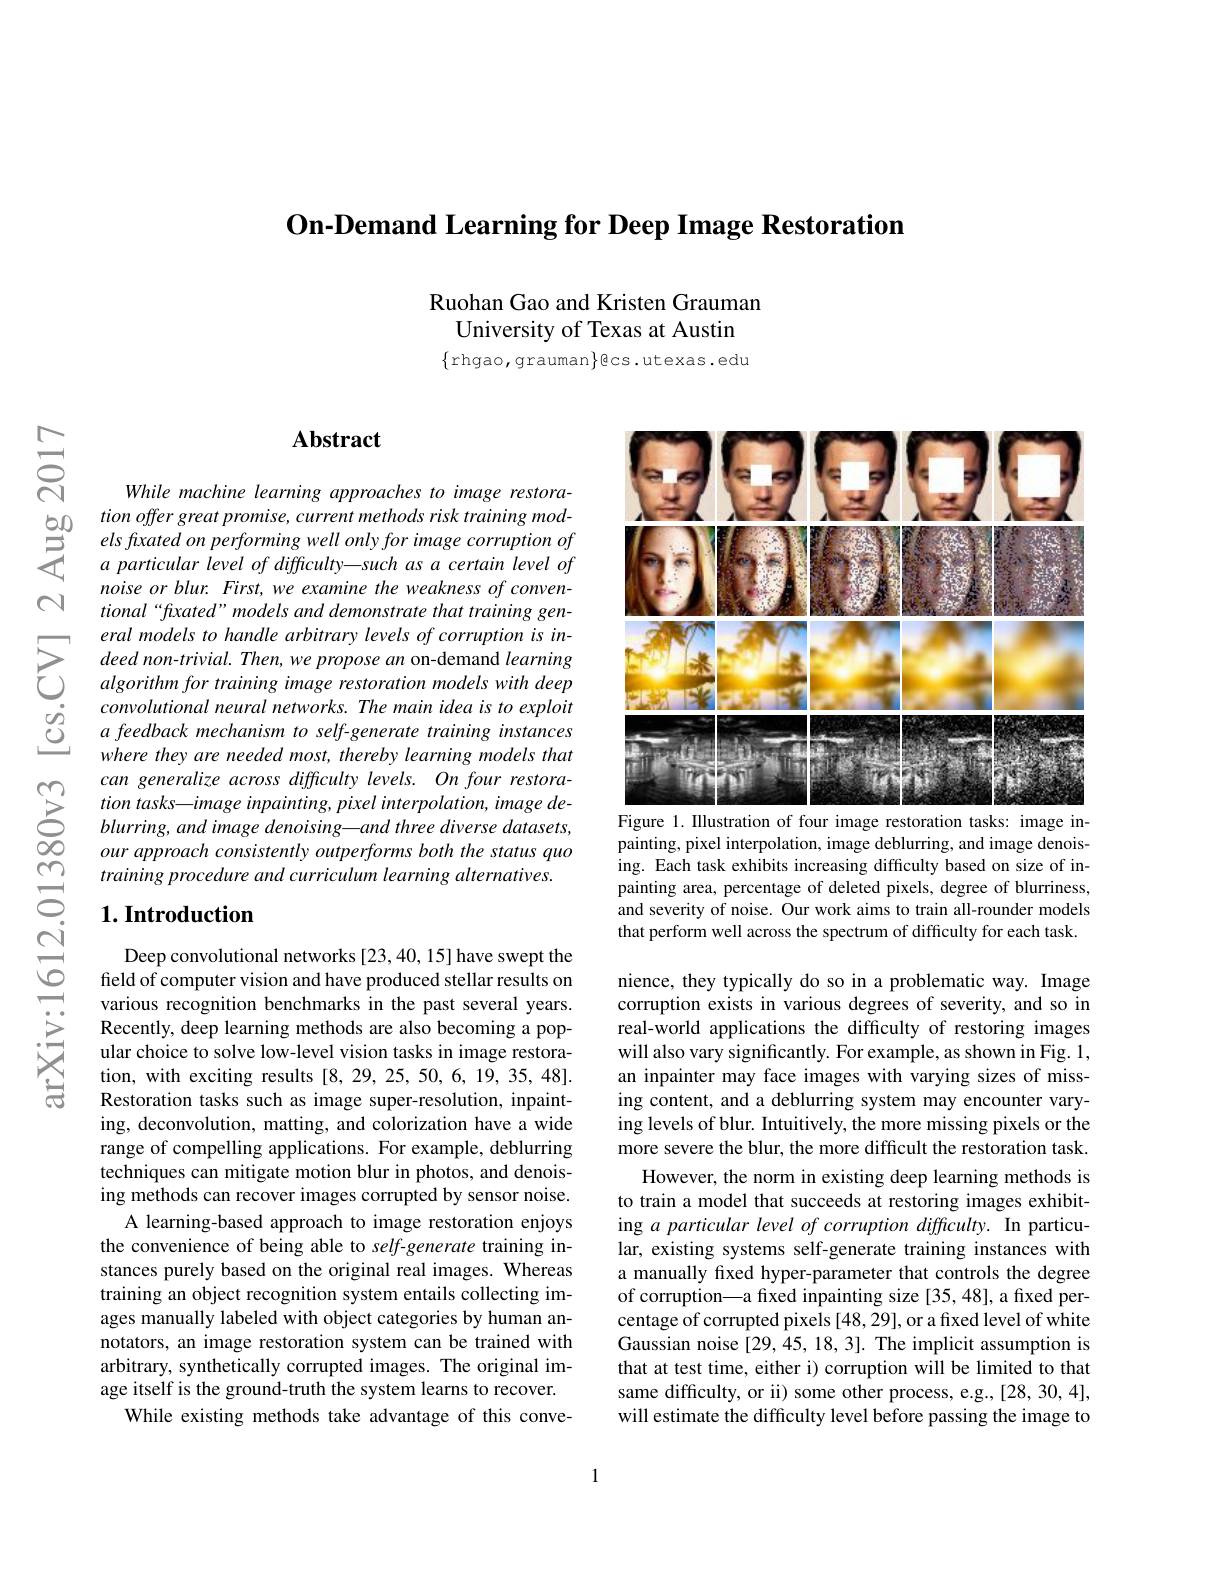
$\textbf{On- Demand Learning for Deep Image Restoration}$

Ruohan Gao and Kristen Grauman
University of Texas at Austin

$\{$rhgao, grauman$\}$ecs.utexas.edu

$N$

$ਨਨੇ$

# Abstract

While machine learning approaches to image restora-
$\begin{array}{ccc}{50}&{tion~offer~great~promise,~current~methods~risk~training~mod-}\\{\textcircled{5}}&{els~fxated~on~performing~well~only~for~image~corruption~of}\\{\textcircled{5}}&{a~particular~level~of~difficulty-such~as~certain~level~of}\end{array}$
noise or blur. First, we examine the weakness of conventional“fixated” models and demonstrate that training gen-
$\sum_{\begin{array}{cc}&eral\:models\:to\:handle\:arbitrary\:levels\:of\:corruption\:is\:in-\\&deed\:non-trivial.\:Then,\:we\:propose\:an\:on-demand\:learning\\&algorithm\:for\:training\:image\:restoration\:models\:with\:deep\end{array}}$
convolutional neural networks. The main idea is to exploit a feedback mechanism to self-generate training instances where they are needed most, thereby learning models that can generalize across difficulty levels. On four restoration tasks—image inpainting, pixel interpolation, image deblurring, and image denoising—and three diverse datasets, our approach consistently outperforms both the status quo training procedure and curriculum learning alternatives.

## $1. \textbf{Introduction}$

Deep convolutional networks [23,40,15] have swept the field of computer vision and have produced stellar results on various recognition benchmarks in the past several years. Recently, deep learning methods are also becoming a popular choice to solve low-level vision tasks in image restoration, with exciting results [8,29,25,50,6,19,35,48]. Restoration tasks such as image super-resolution, inpainting, deconvolution, matting, and colorization have a wide range of compelling applications. For example, deblurring techniques can mitigate motion blur in photos, and denoising methods can recover images corrupted by sensor noise.
A learning-based approach to image restoration enjoys the convenience of being able to self-generate training instances purely based on the original real images. Whereas training an object recognition system entails collecting images manually labeled with object categories by human annotators, an image restoration system can be trained with arbitrary, synthetically corrupted images. The original image itself is the ground-truth the system learns to recover.
While existing methods take advantage of this conve-

<FigureHere>
Figure 1. Illustration of four image restoration tasks: image in-

painting, pixel interpolation, image deblurring, and image denoising. Each task exhibits increasing difficulty based on size of inpainting area, percentage of deleted pixels, degree of blurriness, and severity of noise. Our work aims to train all-rounder models that perform well across the spectrum of difficulty for each task.

nience, they typically do so in a problematic way. Image corruption exists in various degrees of severity, and so in real-world applications the difficulty of restoring images will also vary significantly. For example, as shown in Fig. 1, an inpainter may face images with varying sizes of missing content, and a deblurring system may encounter varying levels of blur. Intuitively, the more missing pixels or the more severe the blur, the more difficult the restoration task.
However, the norm in existing deep learning methods is to train a model that succeeds at restoring images exhibiting a particular level of corruption difficulty. In particular, existing systems self-generate training instances with a manually fixed hyper-parameter that controls the degree of corruption—a fixed inpainting size [35,48], a fixed percentage of corrupted pixels [48,29], or a fixed level of white Gaussian noise [29,45,18,3]. The implicit assumption is that at test time, either i) corruption will be limited to that same difficulty, or ii) some other process, e.g.,[28,30,4], will estimate the difficulty level before passing the image to

1